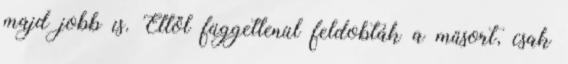
majd jobb is. Ettől függetlenül feldobták a műsort, csak